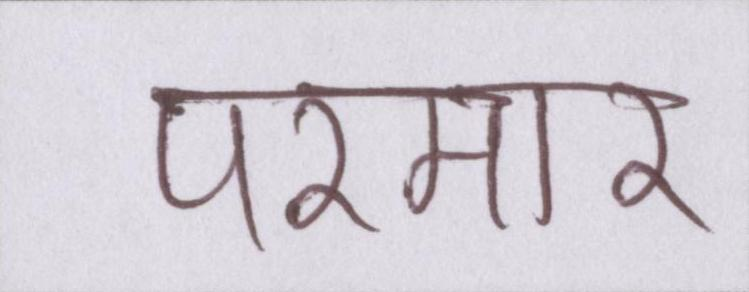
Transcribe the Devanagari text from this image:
परमार